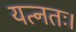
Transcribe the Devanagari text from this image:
यत्नतः।